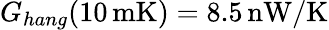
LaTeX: G_{hang}(10\, \mathrm{mK})=8.5\, \mathrm{nW}/\mathrm{K}